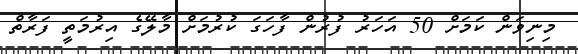
މިނިވަން ކަމަށް 50 އަހަރު ފުރުން ފާހަގަ ކުރުމަށް މާލޭގެ އިރުމަތީ ފަރާތް